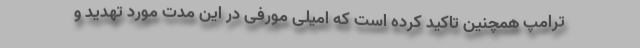
ترامپ همچنین تاکید کرده است که امیلی مورفی در این مدت مورد تهدید و